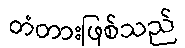
တံတားဖြစ်သည်